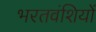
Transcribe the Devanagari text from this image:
भरतवंशियों